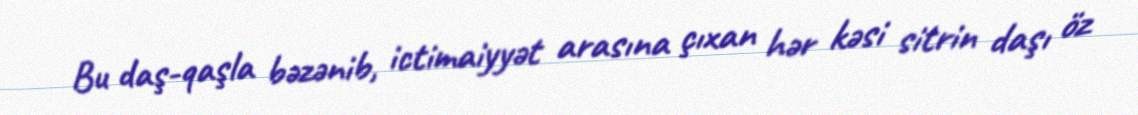
Bu daş-qaşla bəzənib, ictimaiyyət arasına çıxan hər kəsi sitrin daşı öz